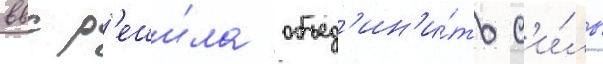
ввс р'еши́ла объед'ин'и́ть с'и́лы